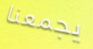
يجمعنا